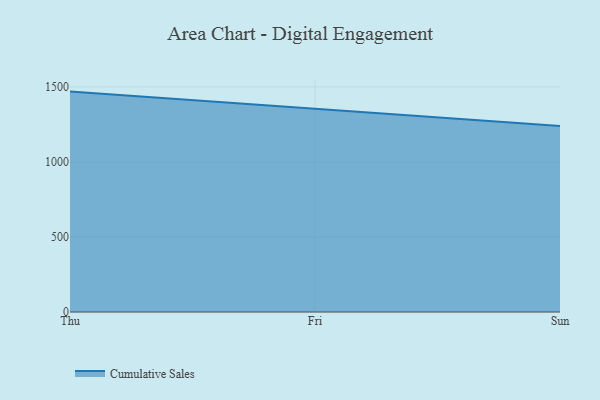
{"axis": {"x": "Day", "y": "Inventory Turnover"}, "legend": ["Cumulative Sales"], "data": [{"x": "Thu", "y": 1468.7, "type": "Cumulative Sales"}, {"x": "Fri", "y": 1352.3, "type": "Cumulative Sales"}, {"x": "Sun", "y": 1238.8, "type": "Cumulative Sales"}]}